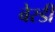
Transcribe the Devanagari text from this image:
बेरडी